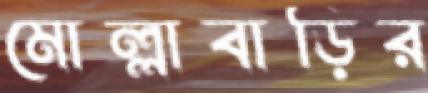
মোল্লাবাড়ির